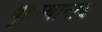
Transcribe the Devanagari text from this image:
गृहस्थानाञ्च